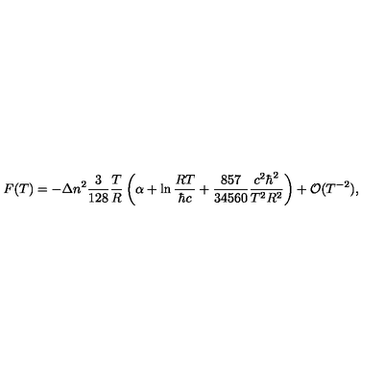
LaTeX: F ( T ) = - \Delta n ^ { 2 } \frac { 3 } { 1 2 8 } \frac { T } { R } \left( \alpha + \ln \frac { R T } { \hbar c } + \frac { 8 5 7 } { 3 4 5 6 0 } \frac { c ^ { 2 } \hbar ^ { 2 } } { T ^ { 2 } R ^ { 2 } } \right) + { \cal O } ( T ^ { - 2 } ) { , }